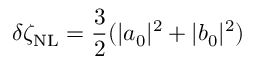
\delta \zeta _ { \mathrm { N L } } = \frac { 3 } { 2 } ( | a _ { 0 } | ^ { 2 } + | b _ { 0 } | ^ { 2 } )